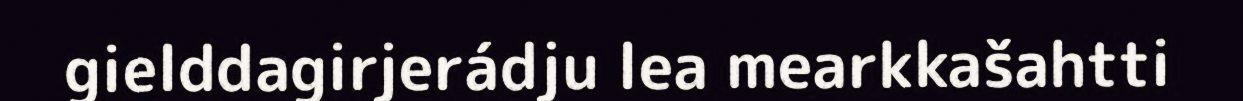
gielddagirjerádju lea mearkkašahtti